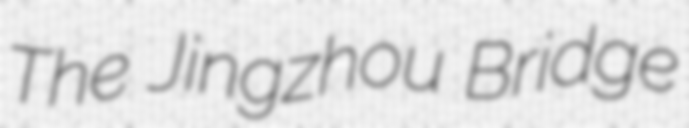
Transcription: The Jingzhou Bridge